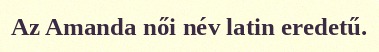
Az Amanda női név latin eredetű.